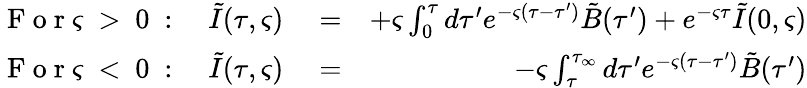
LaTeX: \begin{array}{rlr}{\mathrm{~F~o~r~\varsigma~>~0~}:\quad\tilde{I}(\tau,\varsigma)}&{{}=}&{+\varsigma\int_{0}^{\tau}d\tau^{\prime}e^{-\varsigma(\tau-\tau^{\prime})}\tilde{B}(\tau^{\prime})+e^{-\varsigma\tau}\tilde{I}(0,\varsigma)}\\ {\mathrm{~F~o~r~\varsigma~<~0~}:\quad\tilde{I}(\tau,\varsigma)}&{{}=}&{-\varsigma\int_{\tau}^{\tau_{\infty}}d\tau^{\prime}e^{-\varsigma(\tau-\tau^{\prime})}\tilde{B}(\tau^{\prime})}\end{array}